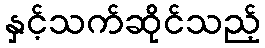
နှင့်သက်ဆိုင်သည့်